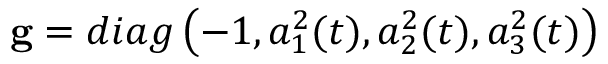
\mathbf { g } = d i a g \left( - 1 , a _ { 1 } ^ { 2 } ( t ) , a _ { 2 } ^ { 2 } ( t ) , a _ { 3 } ^ { 2 } ( t ) \right)